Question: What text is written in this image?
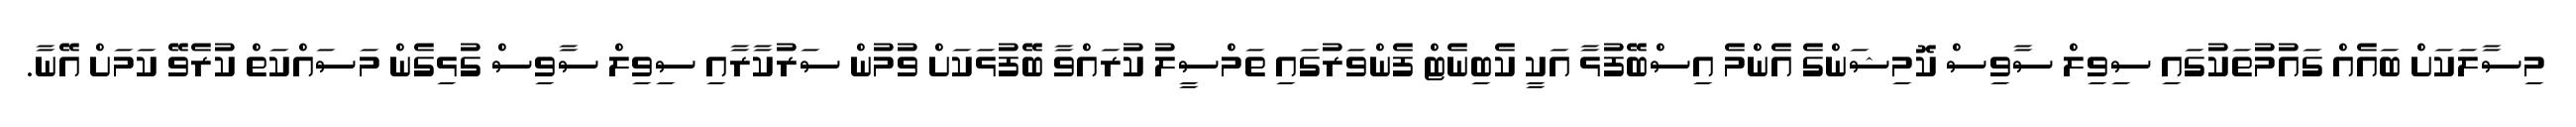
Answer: މިސާލަކަށް ބައެއް ގައުމުތަކުގައި ސިވިލް ސާވިސް ކޮމިޝަންގެ އެންމެ އިސްބޭފުޅާ އަކީ ކެބިނެޓް ފެންވަރުގައި ތަމްސީލު ކުރައްވާ ބޭފުޅަކަށް ވުމުން ސަރުކާރާއި ސިވިލް ސާވިސް ގުޅިގެން މަސައްކަތް ކުރެވޭ ކަމަށް އޭނާ.